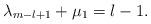
LaTeX: \begin{align*} \lambda _{m-l+1} + \mu _{1} = l-1.\end{align*}